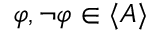
\varphi , \lnot \varphi \in \langle A \rangle